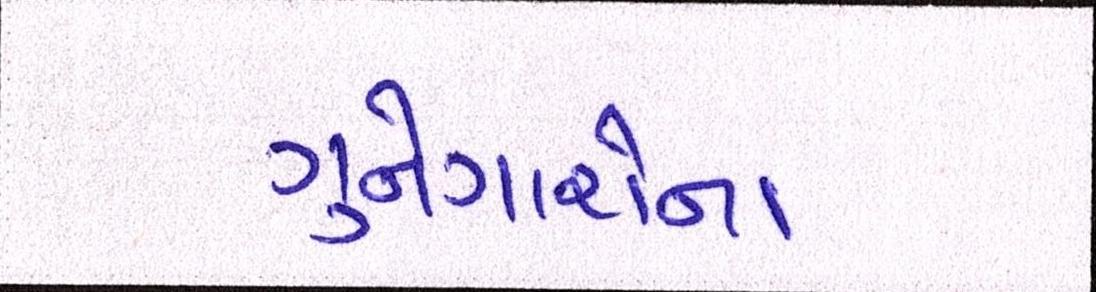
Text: ગુનેગારોના